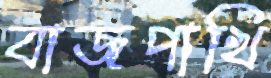
বাজপাখি